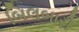
બિલબારી